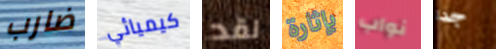
ضارب كيميائي لقد بإثارة نواب جدا